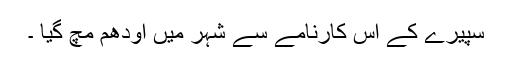
سپیرے کے اس کارنامے سے شہر میں اودھم مچ گیا ۔